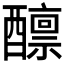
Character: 𫑾